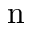
\mathrm { n }